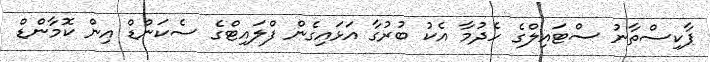
ޕާކިސްތާނު ސްޓައިލްގެ ހެދުމާ އެކު ބުރުގާ އަޅައިގެން ފްލައިޓްގެ ސެކަންޑް އިން ކޮމާންޑް